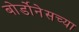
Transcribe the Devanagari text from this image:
बोर्डोनेसच्या